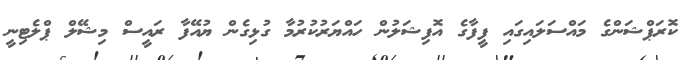
ކޮރަޕްޝަންގެ މައްސަލައިގައި ފީފާގެ އޮފިޝަލުން ހައްޔަރުކުރުމާ ގުޅިގެން ޔުއޭފާ ރައީސް މިޝޭލް ޕްލެޓިނީ